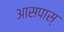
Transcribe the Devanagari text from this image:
आसपास्